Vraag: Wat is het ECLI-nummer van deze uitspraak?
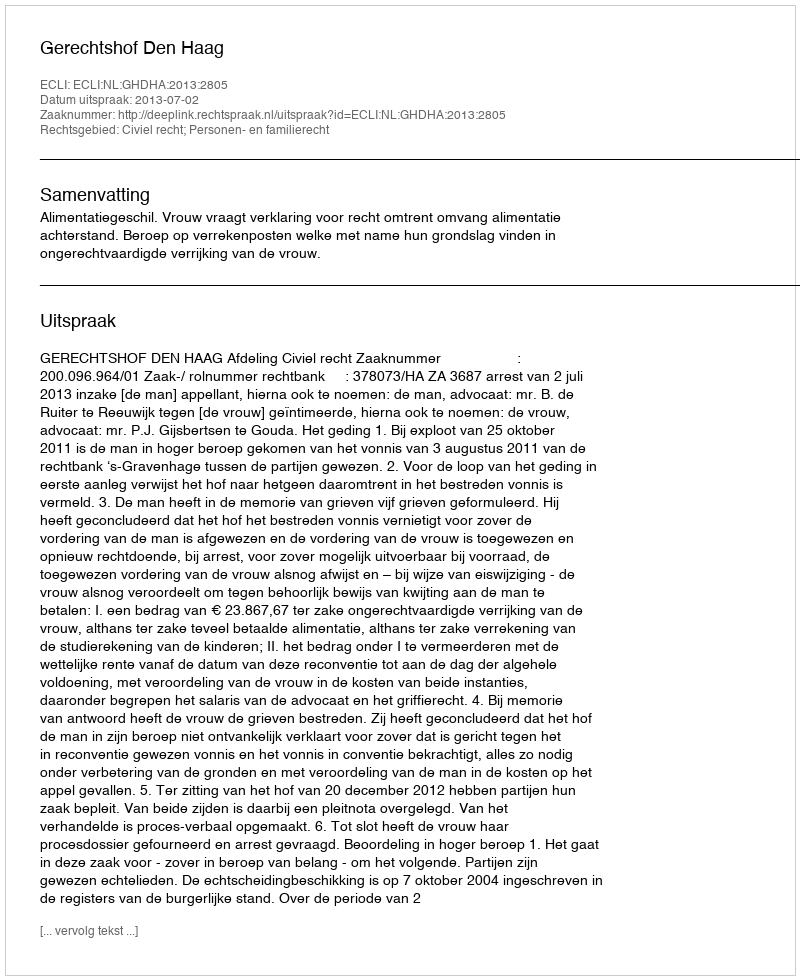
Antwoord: ECLI:NL:GHDHA:2013:2805